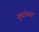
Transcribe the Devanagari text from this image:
गुणांपेक्षा